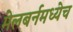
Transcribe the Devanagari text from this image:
मेलबर्नमध्येच